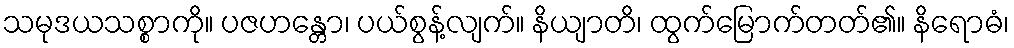
သမုဒယသစ္စာကို။ ပဇဟန္တော၊ ပယ်စွန့်လျက်။ နိယျာတိ၊ ထွက်မြောက်တတ်၏။ နိရောဓံ၊